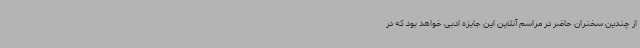
از چندین سخنران حاضر در مراسم آنلاین این جایزه ادبی خواهد بود که در